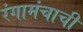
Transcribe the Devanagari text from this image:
रंगामंचाची